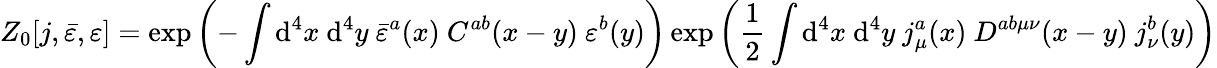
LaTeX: Z_{0}[j,{\bar{\varepsilon}},\varepsilon]=\exp\left(-\int\mathrm{d}^{4}x\ \mathrm{d}^{4}y\ {\bar{\varepsilon}}^{a}(x)\ C^{ab}(x-y)\ \varepsilon^{b}(y)\right)\exp\left({\frac{1}{2}}\int\mathrm{d}^{4}x\ \mathrm{d}^{4}y\ j_{\mu}^{a}(x)\ D^{ab\mu\nu}(x-y)\ j_{\nu}^{b}(y)\right)